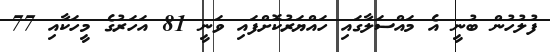
ފުލުހުން ބުނީ އެ މައްސަލާގައި ހައްޔަރުކޮށްފައި ވަނީ 81 އަހަރުގެ މީހަކާއި 77